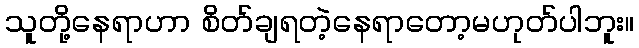
သူတို့နေရာဟာ စိတ်ချရတဲ့နေရာတော့မဟုတ်ပါဘူး။